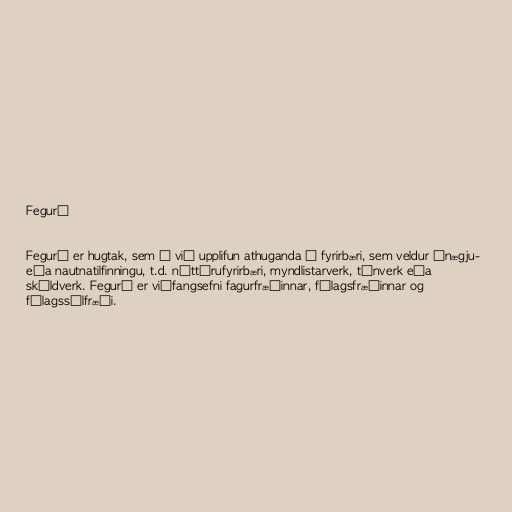
Fegurð

Fegurð er hugtak, sem á við upplifun athuganda á fyrirbæri, sem veldur ánægju-
eða nautnatilfinningu, t.d. náttúrufyrirbæri, myndlistarverk, tónverk eða
skáldverk. Fegurð er viðfangsefni fagurfræðinnar, félagsfræðinnar og
félagssálfræði.